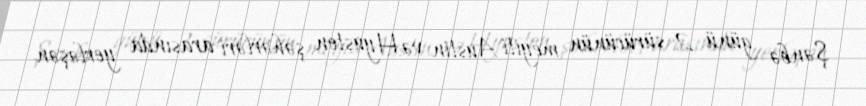
Şənbə günü 2 sürücünün meyiti Austin və Hyuston şəhərləri arasında yerləşən